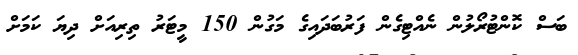
ބަސް ކޮންޓުރޯލުން ނެއްޓިގެން ފަރުބަދައިގެ މަގުން 150 މީޓަރު ތިރިއަށް ދިޔަ ކަމަށް